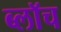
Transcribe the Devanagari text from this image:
ब्लाॅच